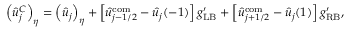
\left( \hat { u } _ { j } ^ { C } \right) _ { \eta } = \left( \hat { u } _ { j } \right) _ { \eta } + \left[ \hat { u } _ { j - 1 / 2 } ^ { \mathrm { c o m } } - \hat { u } _ { j } ( - 1 ) \right] g _ { \mathrm { L B } } ^ { \prime } + \left[ \hat { u } _ { j + 1 / 2 } ^ { \mathrm { c o m } } - \hat { u } _ { j } ( 1 ) \right] g _ { \mathrm { R B } } ^ { \prime } , \